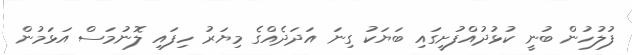
ފުލުހުން ބުނީ ކުޅުދުއްފުށީގައި ބަޔަކު ގިނަ އަދަދެއްގެ މިޔަރު ހިފައި ލޮނުމަސް އަޅަމުން